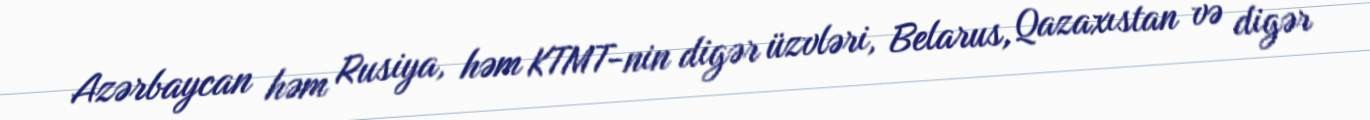
Azərbaycan həm Rusiya, həm KTMT-nin digər üzvləri, Belarus, Qazaxıstan və digər